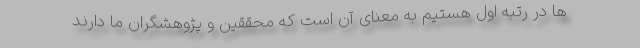
ها در رتبه اول هستیم به معنای آن است که محققین و پژوهشگران ما دارند